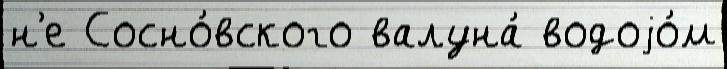
н'е Сосно́вского валуна́ водоjо́м